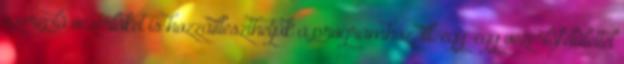
szereplô vezérlôket is hozzáilleszthetjük a programhoz, ill. egy-egy vezérlôfelülettel